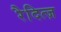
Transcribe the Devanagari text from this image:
रैदित्ज़